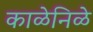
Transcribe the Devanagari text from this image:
काळेनिळे